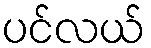
ပင်လယ်